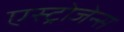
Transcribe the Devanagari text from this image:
एस्ट्रोजेन्स